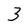
Character: 3